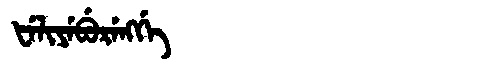
Manchu: ᡶᡝᠯᡳᠶᡝᠪᡠᡵᡝᠩᡤᡝ
Romanization: FELIYEBURENGGE